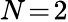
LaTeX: N\! =\! 2